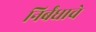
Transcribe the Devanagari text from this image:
निर्बंधाचे